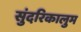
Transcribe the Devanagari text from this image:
सुंदरिकालुम